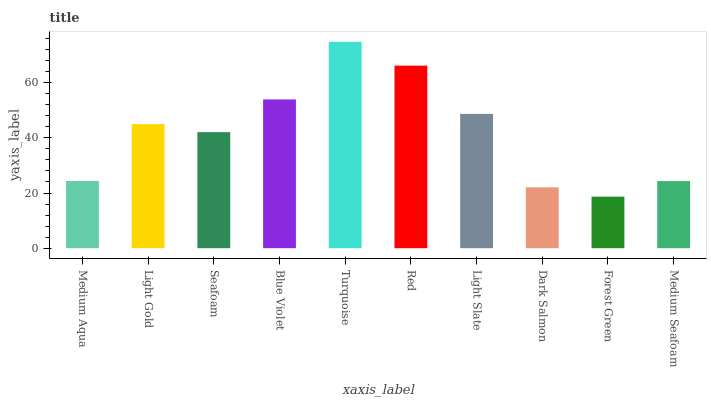
| xaxis_label | bars |
 | --- | --- |
 | Medium Aqua | 24.4 |
 | Light Gold | 45 |
 | Seafoam | 42.1 |
 | Blue Violet | 53.9 |
 | Turquoise | 74.8 |
 | Red | 66.2 |
 | Light Slate | 48.7 |
 | Dark Salmon | 22.1 |
 | Forest Green | 18.7 |
 | Medium Seafoam | 24.3 |